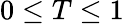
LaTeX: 0\leq T\leq 1